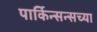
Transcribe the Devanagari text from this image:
पार्किन्सन्सच्या